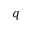
q